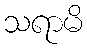
သရာမိ